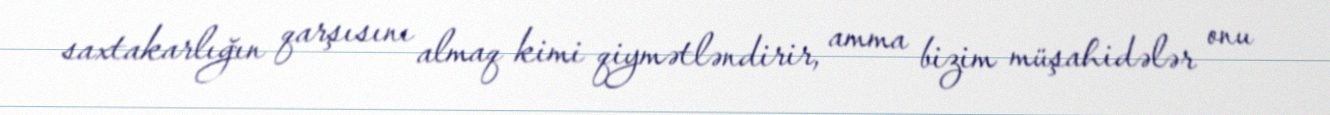
saxtakarlığın qarşısını almaq kimi qiymətləndirir, amma bizim müşahidələr onu